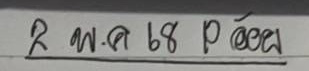
 2 พ.ค. 68 p อ้อย